Bréfritari: Benedikt Hálfdanarson
Dagsetning: A-1879-05-06
Skrifað á: Vesturheimi

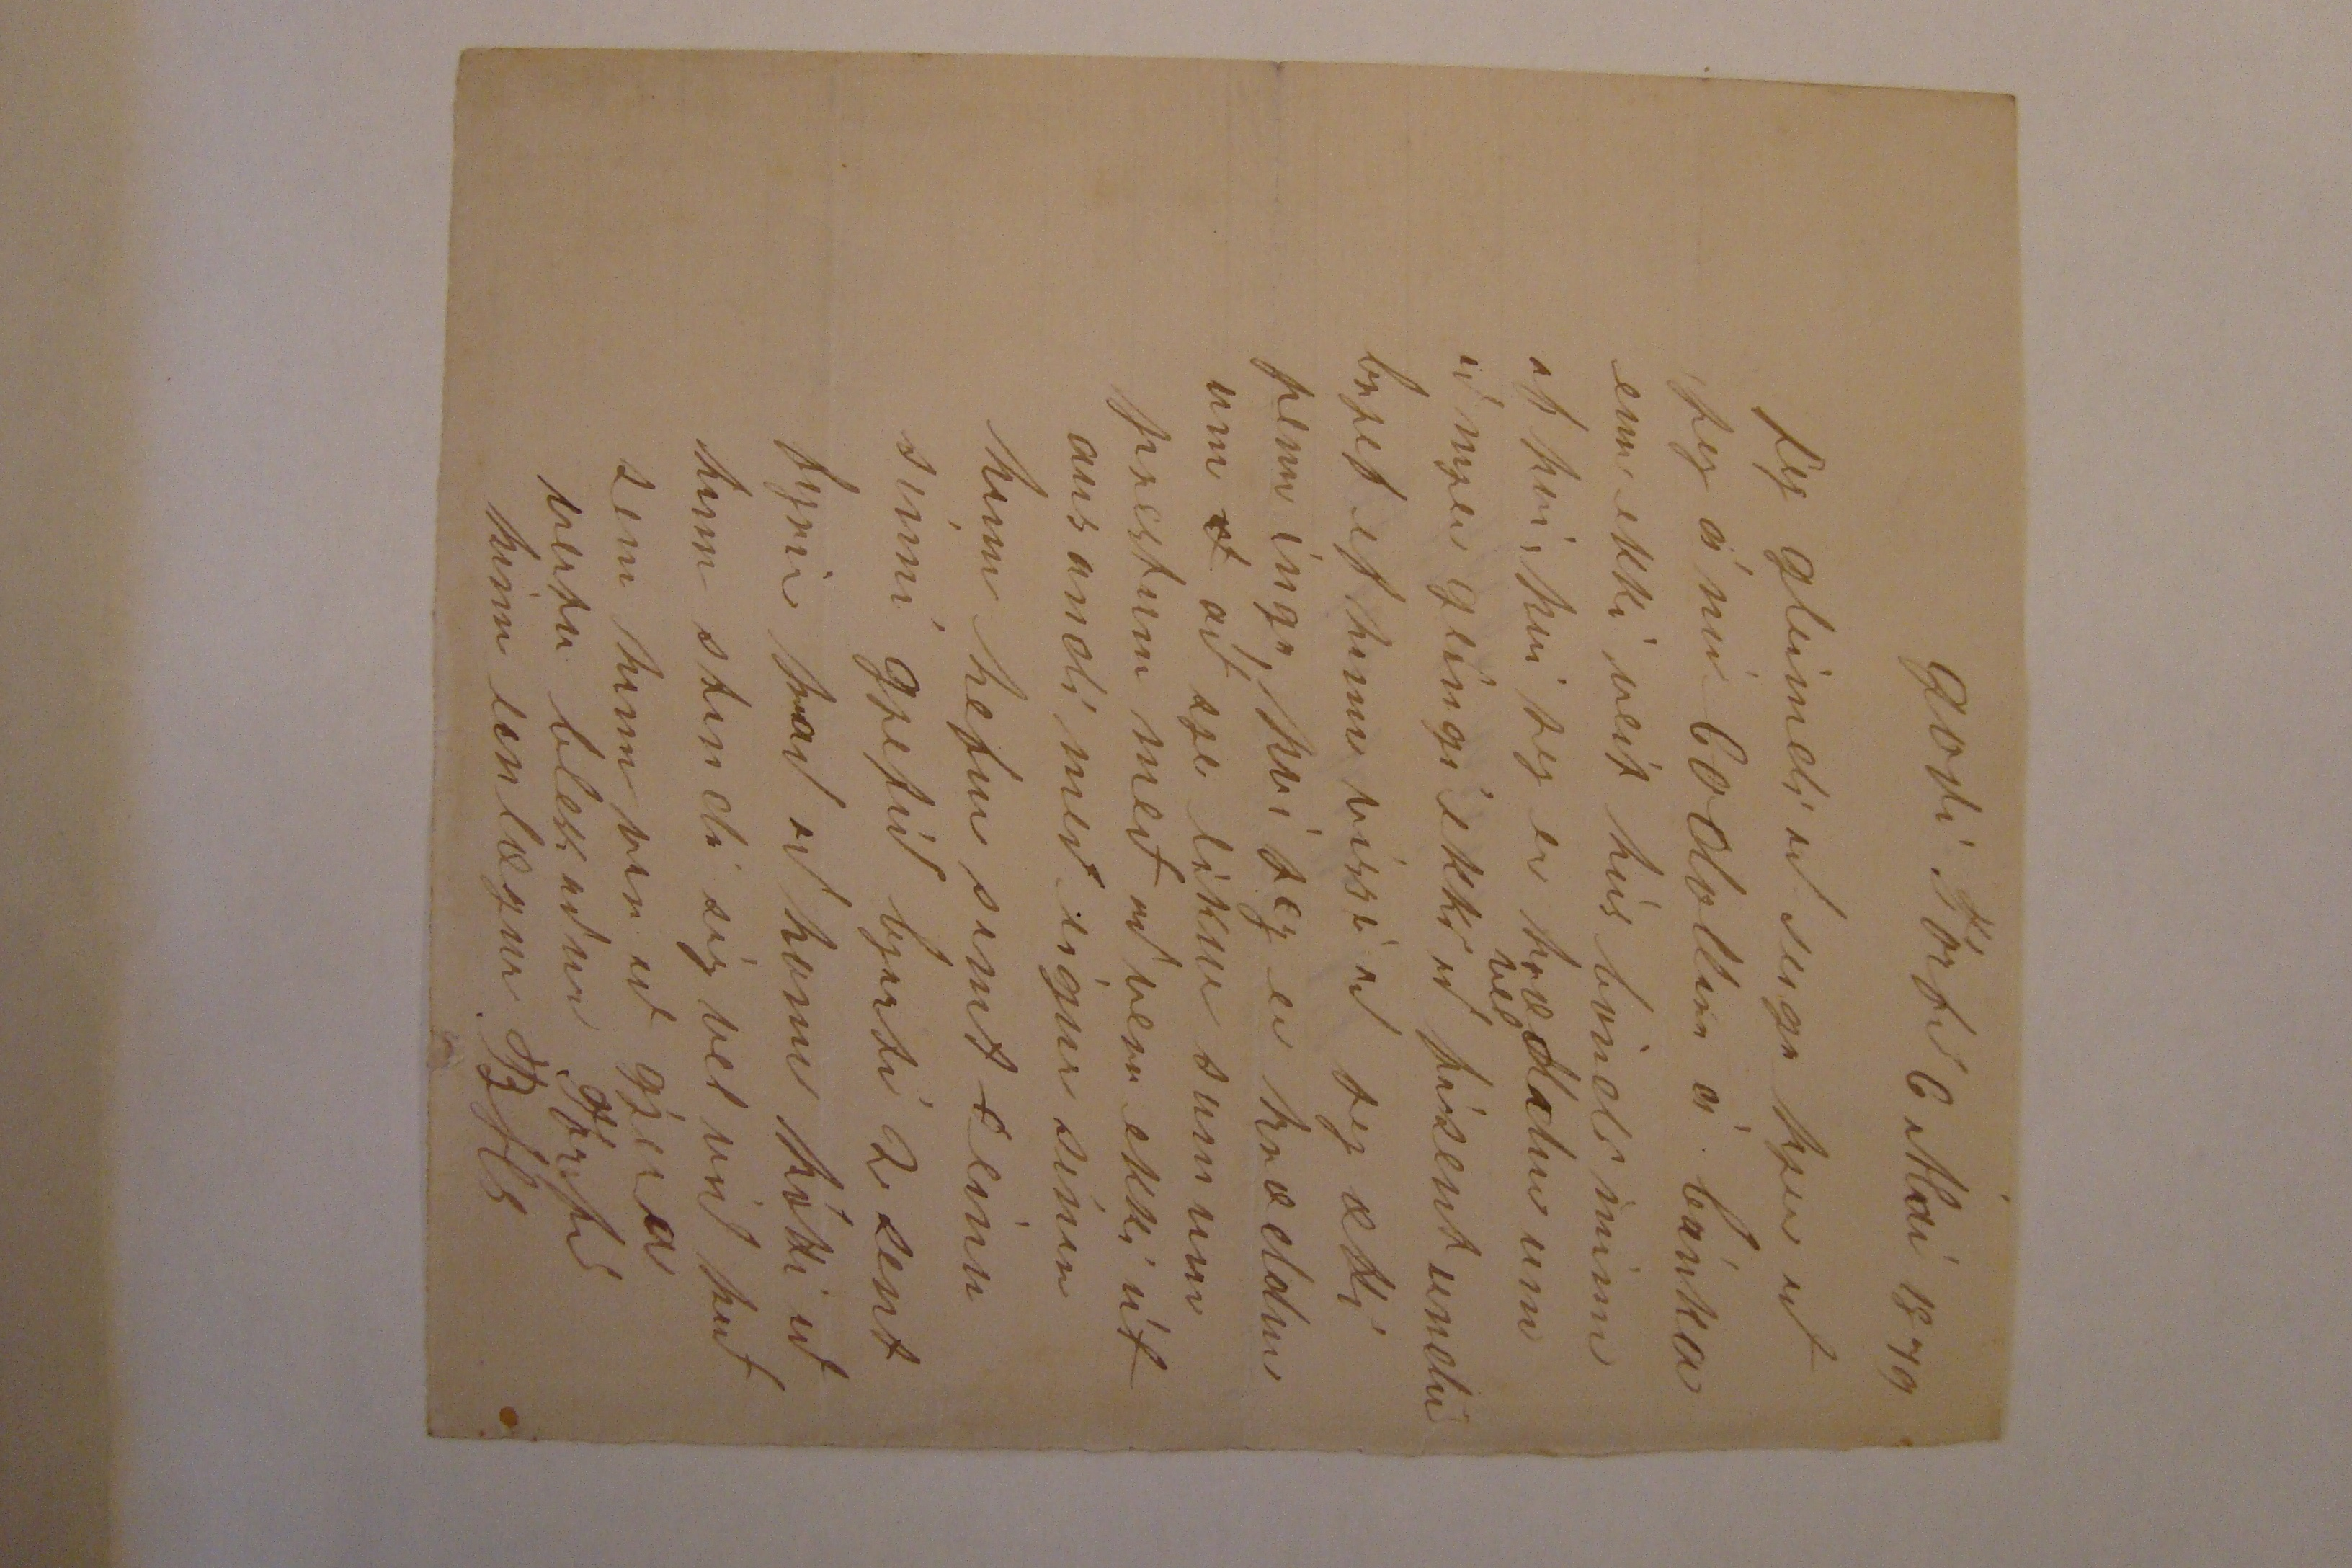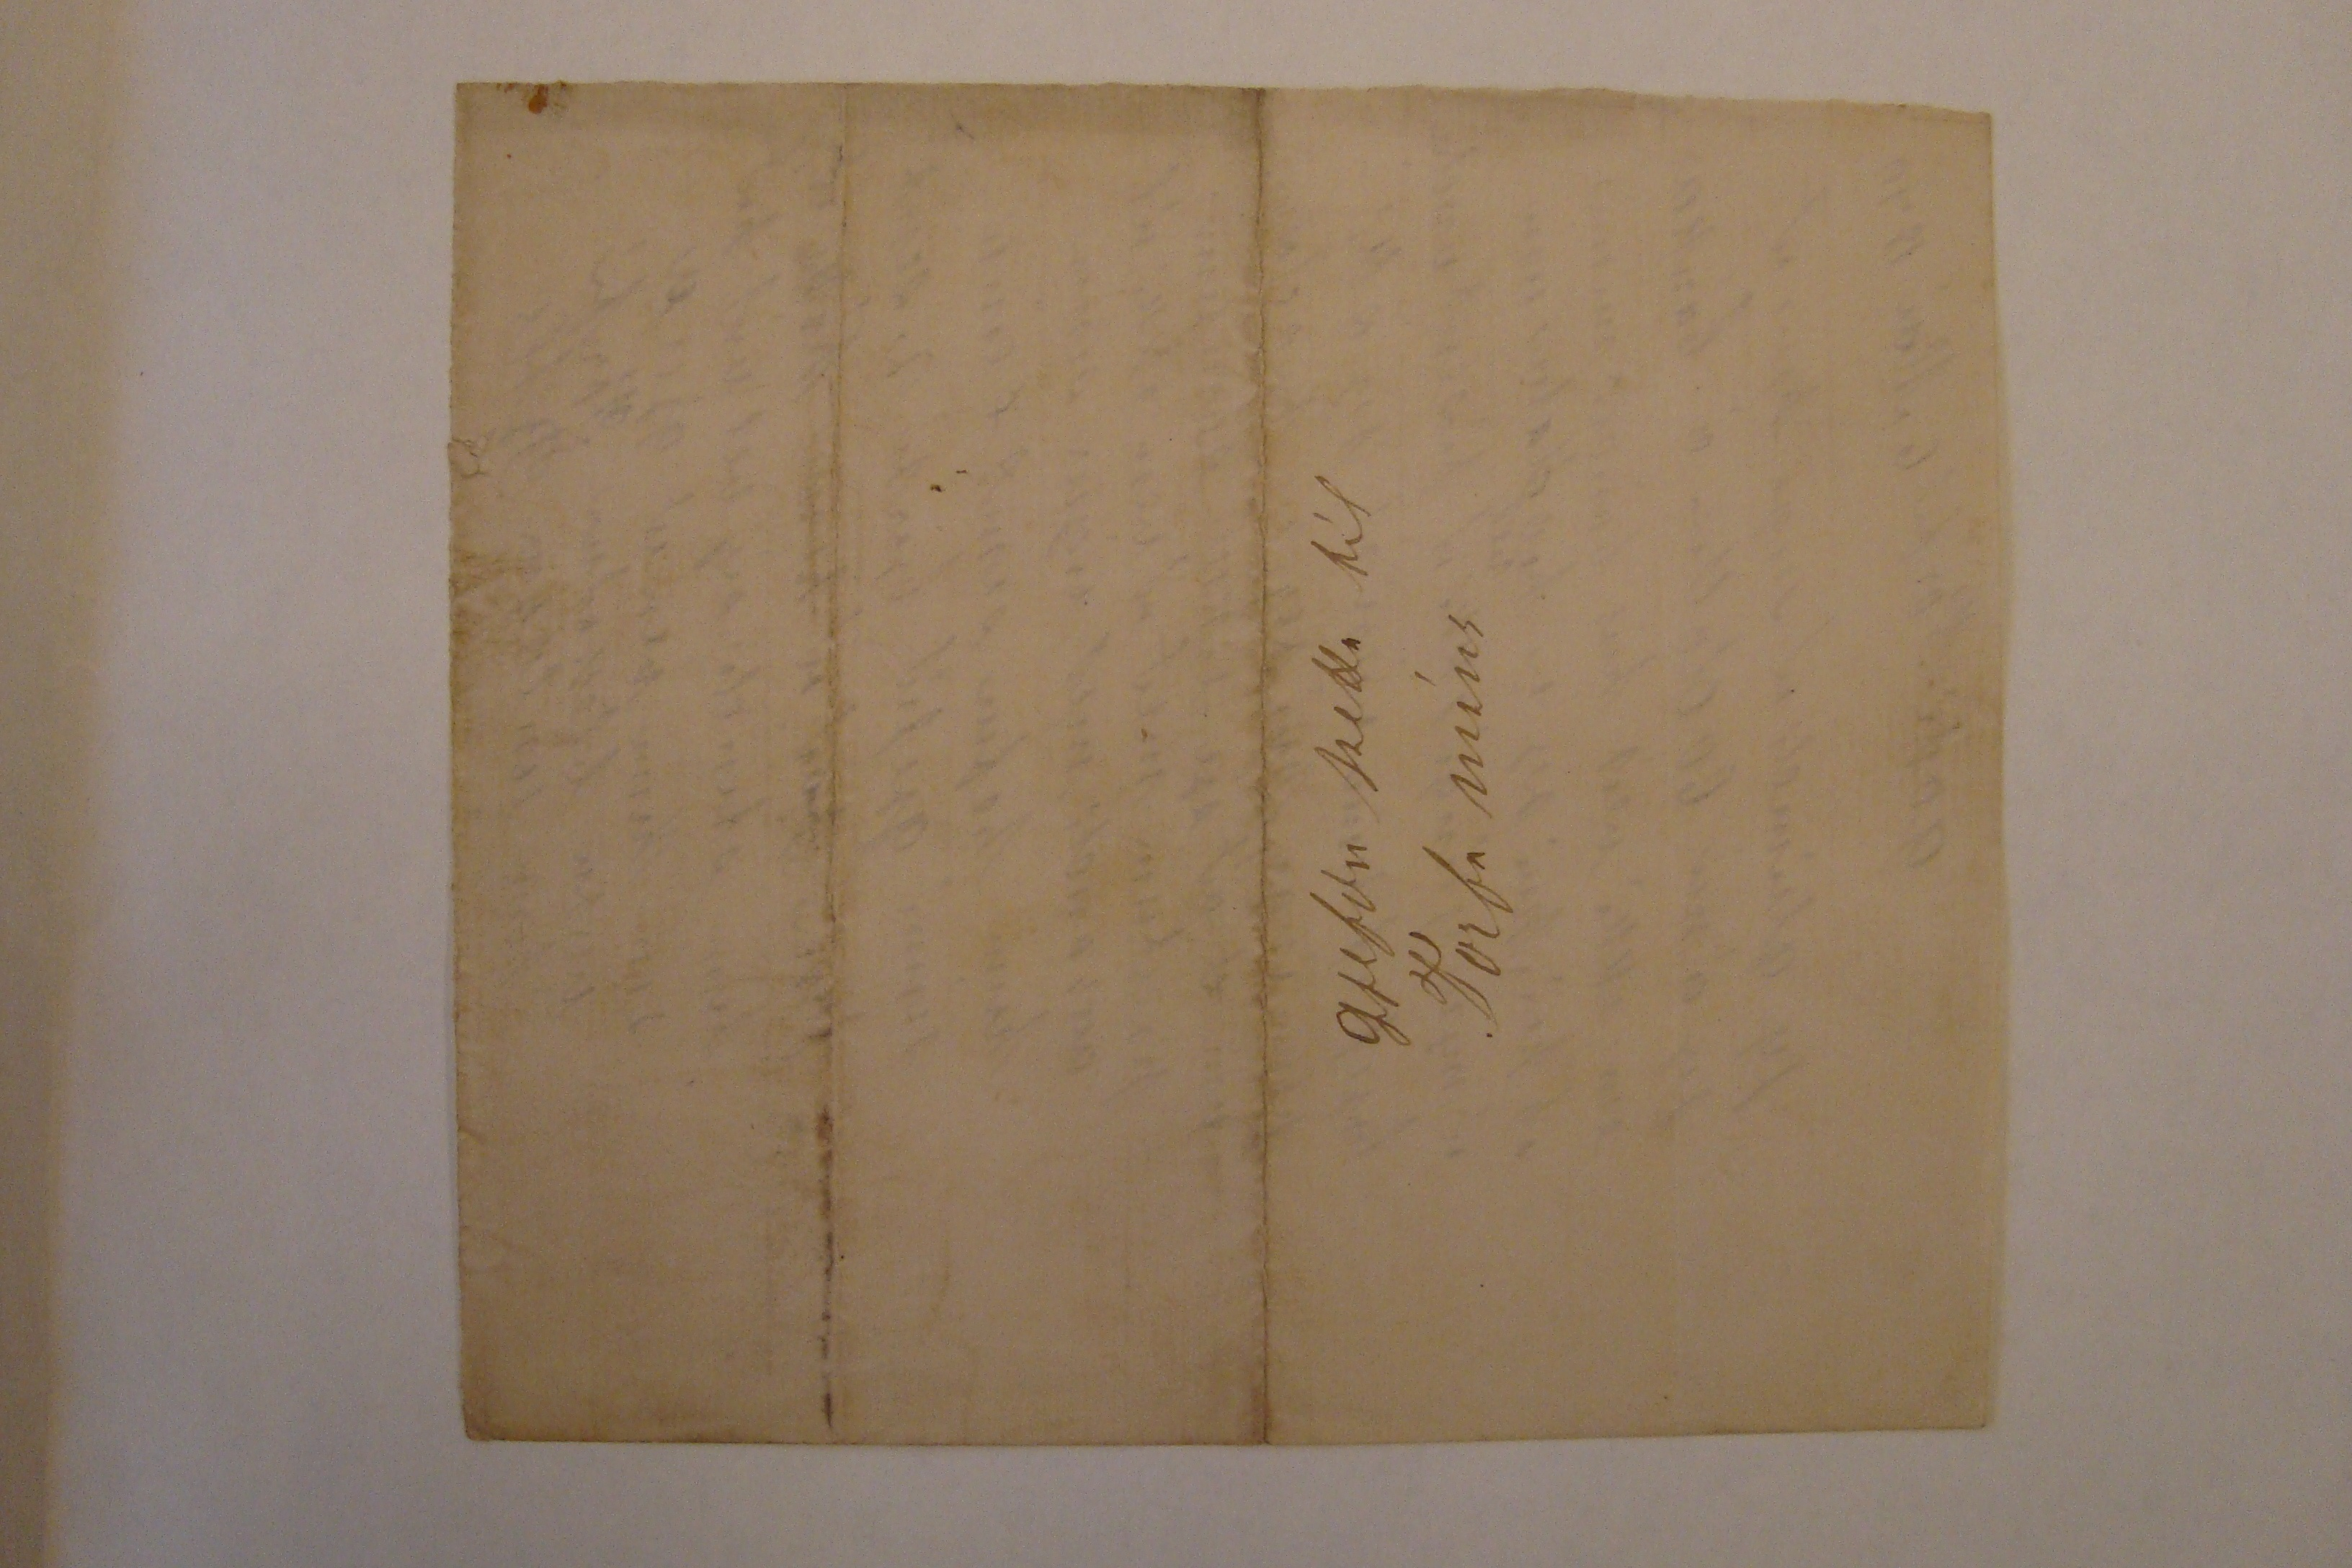

goði Torfi 6 Maí 1879
Jeg gleimdi að seiga þjer að jeg á nú 60 dollara á bánka enn ekki veit hús bóndi minn af því, því jeg er hræddur um að mjer geingi ekki
vel
að fá sent undir brjef ef hann vissi að jeg ætti penninga, því jeg er hræddur um
ð
að sje líkur sumum prestum með að vera ekki út ausandi með eigur sínar hann hefur sent
0
einu sinni gjefið bjarti 2 sent fyrir það að honum þótti að hann standi sig vel við það sem hann var að gjera
vertu blessður Torfi
þinn einlægur BHs
gjefðu þetta til Torfa míns